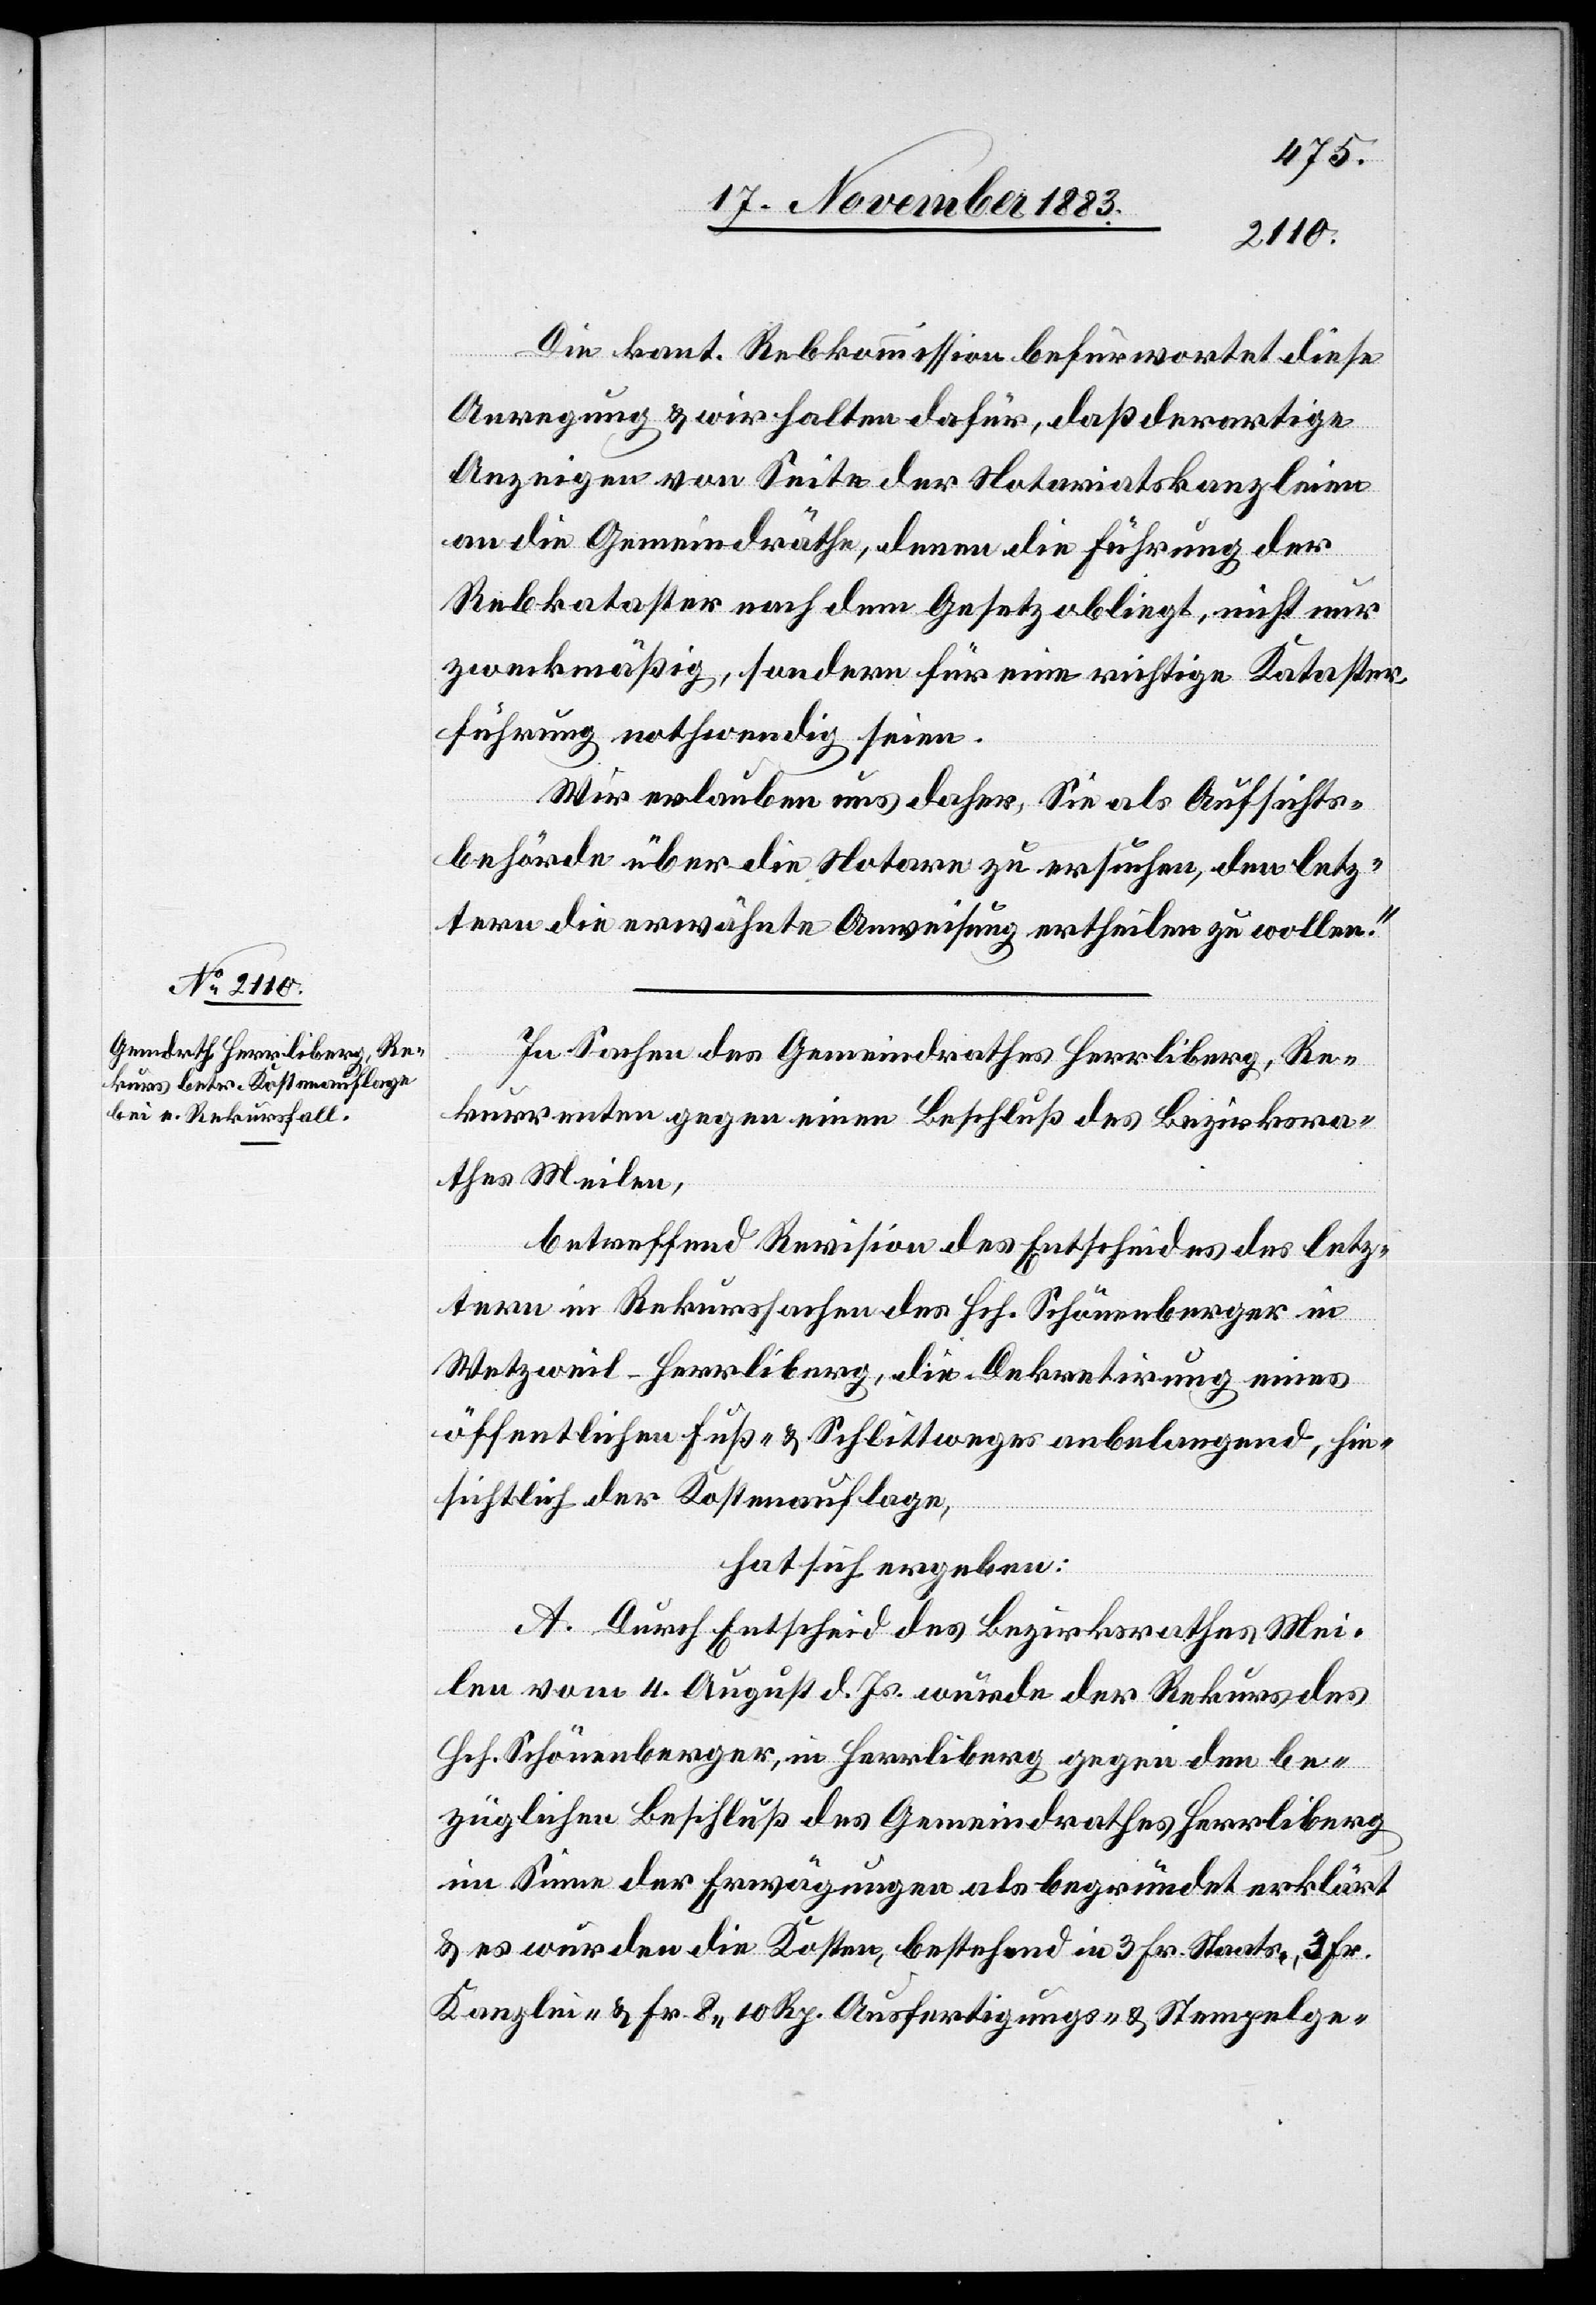
Die kant. Rebkommission befürwortet diese
Anregung & wir halten dafür, daß derartige
Anzeigen von Seite der Notariatskanzleien
an die Gemeindräthe, denen die Führung der
Rebkataster nach dem Gesetz obliegt, nicht nur
zweckmäßig, sondern für eine richtige Kataster¬
führung nothwendig seien.
Wir erlauben uns daher, Sie als Aufsichts¬
behörde über die Notare zu ersuchen, den letz¬
tern die erwähnte Anweisung ertheilen zu wollen.“
In Sachen des Gemeindrathes Herrliberg, Re¬
kurrenten gegen einen Beschluß des Bezirksra¬
thes Meilen,
betreffend Revision des Entscheides des letz¬
tern in Rekurssachen des Hch. Schönenberger in
Wetzweil - Herrliberg, die Dekretirung eines
öffentlichen Fuß- & Schlittweges anbelangend, hin¬
sichtlich der Kostenauflage,
hat sich ergeben:
A. Durch Entscheid des Bezirksrathes Mei¬
len vom 4. August d. Js. wurde der Rekurs des
Hch. Schönenberger, in Herrliberg gegen den be¬
züglichen Beschluß des Gemeindrathes Herrliberg
im Sinne der Erwägungen als begründet erklärt
& es wurden die Kosten, bestehend in 3 Fr. Staats-, 3 Fr.
Kanzlei- & Fr. 8 10 Rp. Ausfertigungs- & Stempelge-